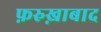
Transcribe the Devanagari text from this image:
फ़रुख़ाबाद